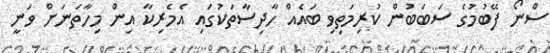
ސްނޯ ފޭބުމުގެ ސަބަބުން ކުރިމަތިވި ބައެއް ހާދިސާތަކުގައި އެމެރިކާ އިން މިހާތަނަށް ވަނީ